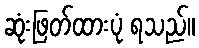
ဆုံးဖြတ်ထားပုံ ရသည်။